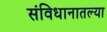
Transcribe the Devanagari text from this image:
संविधानातल्या